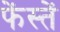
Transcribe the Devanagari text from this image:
फेंस्तें